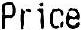
PRICE